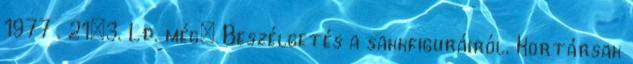
1977 . 21:3. Ld. még: Beszélgetés a sakkfiguráiról. Kortársak